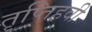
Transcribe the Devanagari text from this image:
तृप्तिहवी